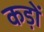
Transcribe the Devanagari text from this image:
कड़ों